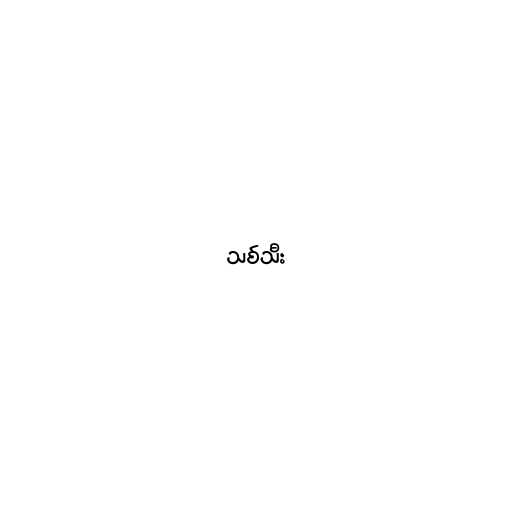
သစ်သီး